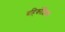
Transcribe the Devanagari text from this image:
बहिर्कोशिका